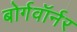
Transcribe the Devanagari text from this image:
बोर्गवॉर्नर